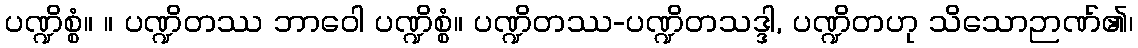
ပဏ္ဍိစ္စံ။ ။ ပဏ္ဍိတဿ ဘာဝေါ ပဏ္ဍိစ္စံ။ ပဏ္ဍိတဿ-ပဏ္ဍိတသဒ္ဒါ, ပဏ္ဍိတဟု သိသောဉာဏ်၏၊